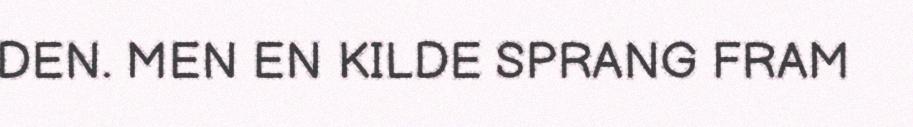
DEN. MEN EN KILDE SPRANG FRAM